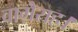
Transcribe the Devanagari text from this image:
वाग़ैराह।